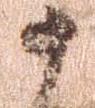
十